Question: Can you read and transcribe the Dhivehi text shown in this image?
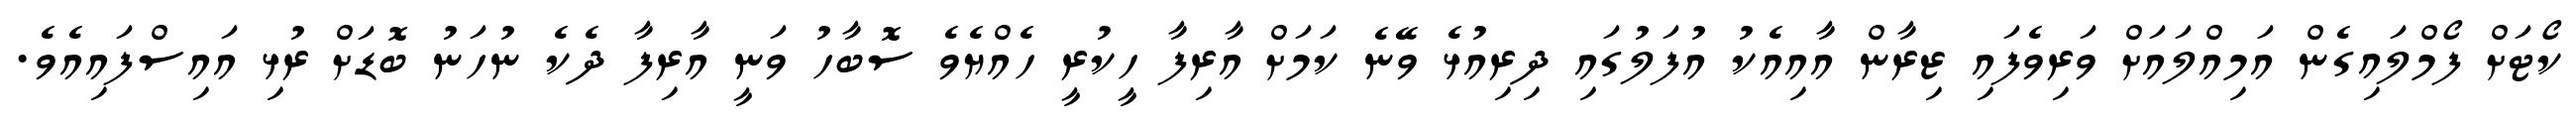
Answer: ކޯޓަށް ފޯމްލައިގެން އަމިއްލައަށް ވަރިވެފައި ޒިރާން އާއިއެކު އުފަލުގައި ދިރިއުޅެ ވޭނެ ކަމަށް އާރިފާ ހީކުރީ ހެއްޔެވެ ސޮބާހު ވަނީ އާރިފާ ދެކެ ނުހަނު ބޮޑަށް ރުޅި އައިސްފައިއެވެ.